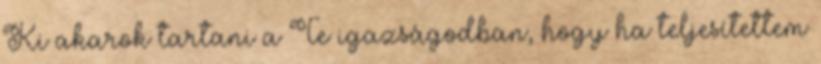
Ki akarok tartani a Te igazságodban, hogy ha teljesítettem